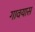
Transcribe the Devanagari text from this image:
गावयास